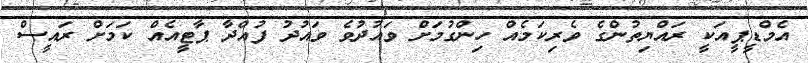
އެމްޑީޕީއަކީ ރައްޔިތުންގެ ވެރިކަމެއް ހިންގުމަށް ވައުދުވެ ވައުދު ފުއްދާ ޕާޓީއެއް ކަމަށް ރައީސް